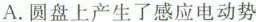
A.圆盘上产生了感应电动势